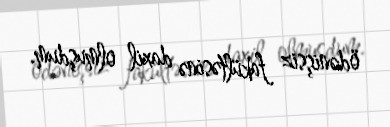
ödənişsiz fakültəsinə daxil olmuşdum.